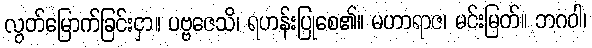
လွတ်မြောက်ခြင်းငှာ။ ပဗ္ဗဇေသိ၊ ရဟန်းပြုစေ၏။ မဟာရာဇ၊ မင်းမြတ်။ ဘဂဝါ၊